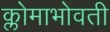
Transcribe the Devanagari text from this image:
क्लोमाभोवती